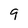
Character: q